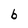
Character: b